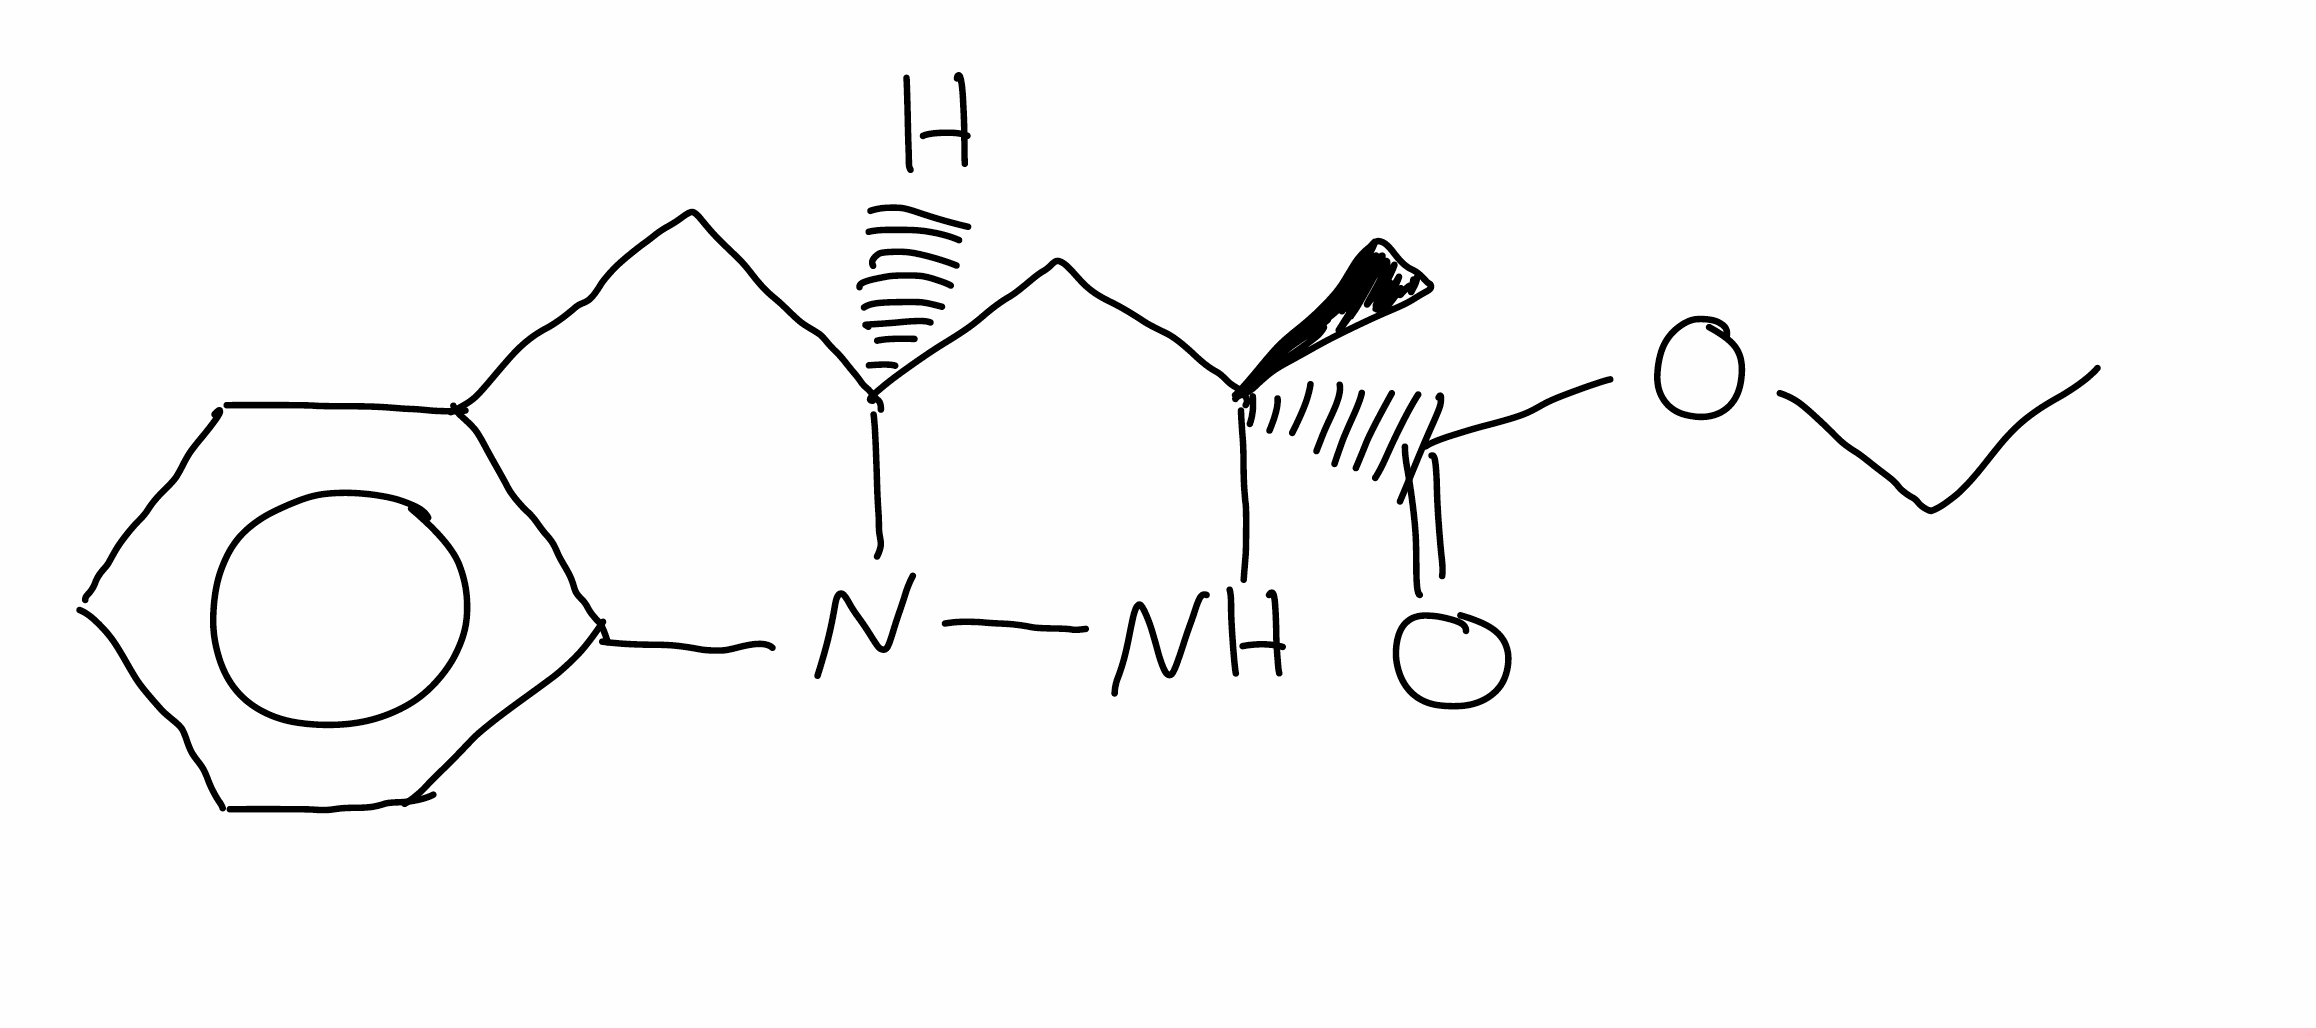
Simplified molecular-input line-entry system (SMILES) notation of the given molecule:
CCOC(=O)[C@]1(C[C@@H]2CC3=CC=CC=C3N2N1)C